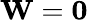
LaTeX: \textrm{\textbf{W}}=\textrm{\textbf{0}}